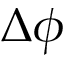
\Delta \phi